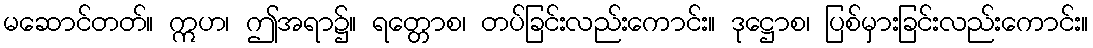
မဆောင်တတ်။ ဣဟ၊ ဤအရာ၌။ ရတ္တောစ၊ တပ်ခြင်းလည်းကောင်း။ ဒုဋ္ဌောစ၊ ပြစ်မှားခြင်းလည်းကောင်း။